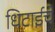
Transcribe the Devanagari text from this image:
धिटाईचे